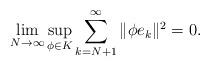
LaTeX: \begin{align*}\lim \limits_{N \rightarrow \infty}\sup \limits_{\phi \in K}\sum_{k=N+1}^{\infty}\|\phi e_k\|^2=0.\end{align*}